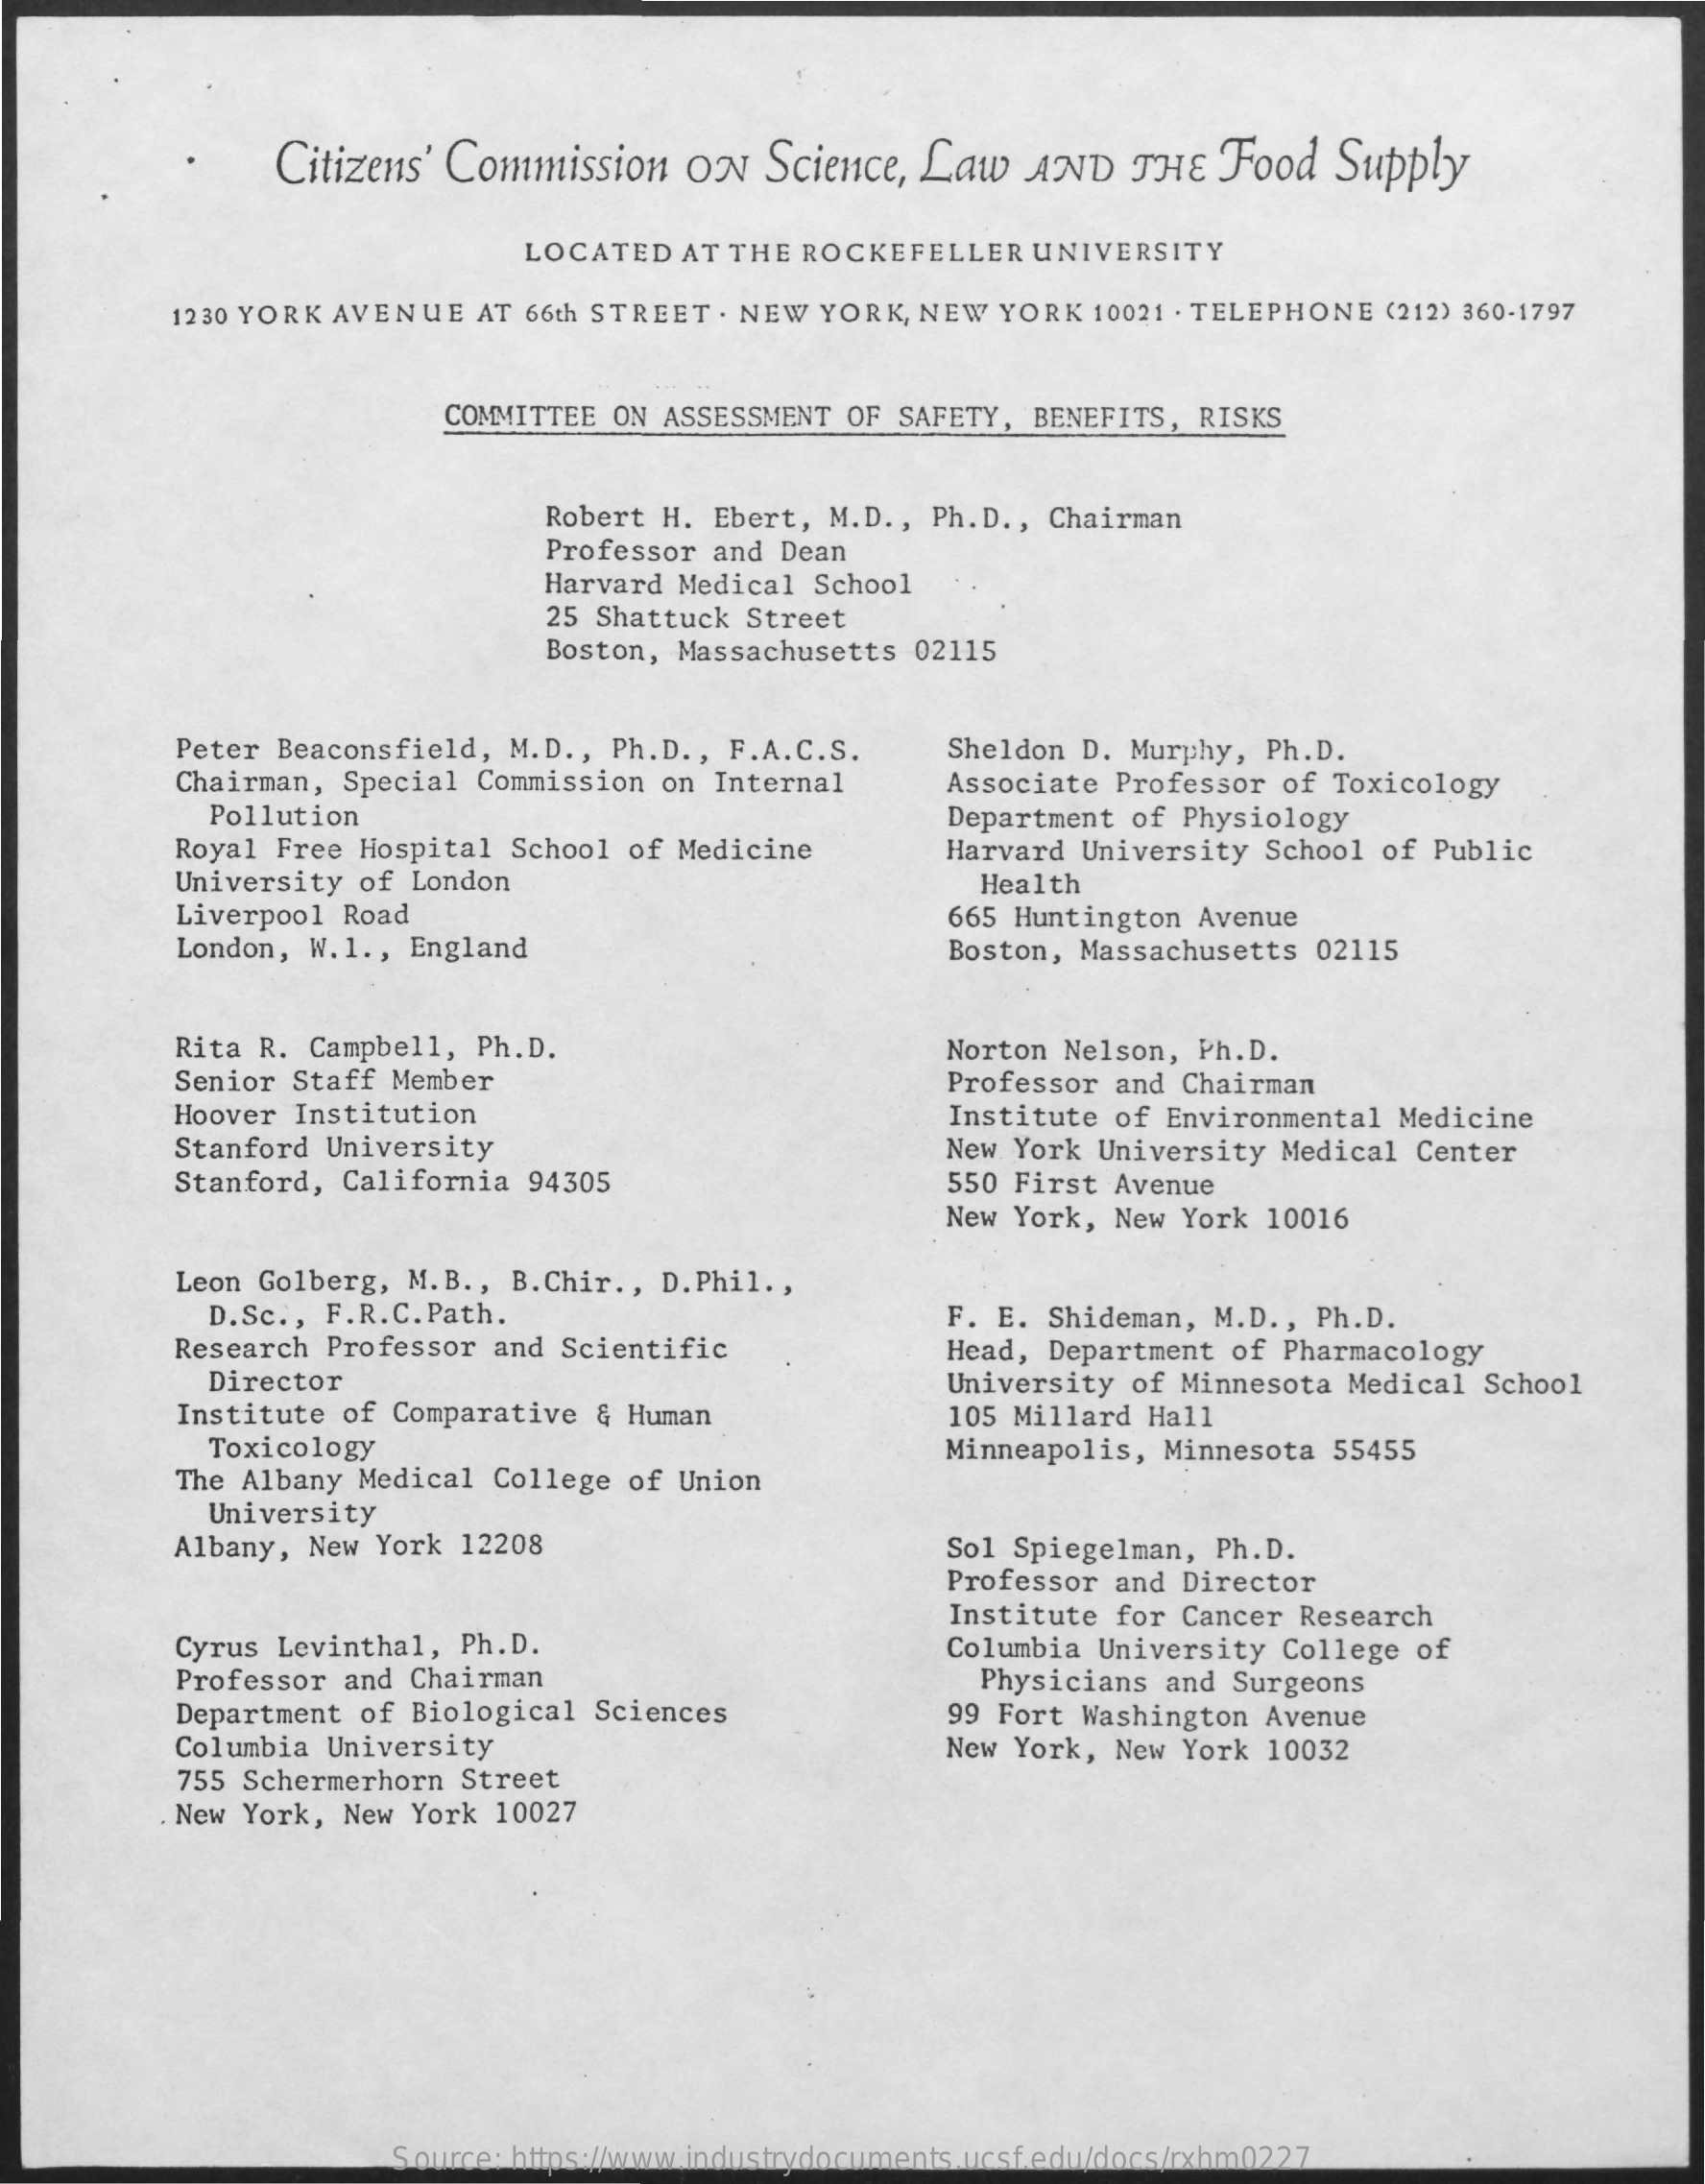
Citizens' Commission ON Science, Law AND  THE Food  Supply
     LOCATED AT THE ROCKEFELLER UNIVERSITY
     1230 YORK AVENUE AT 66th STREET . NEW YORK, NEW YORK 10021 . TELEPHONE (212) 360-1797
     COMMITTEE ON ASSESSMENT OF SAFETY, BENEFITS, RISKS
     Robert H. Ebert, M.D ., Ph.D ., Chairman
     Professor and Dean
     Harvard Medical School
     25 Shattuck Street
     Boston, Massachusetts 02115
     Peter Beaconsfield, M.D ., Ph.D ., F.A.C.S.
     Chairman, Special Commission on Internal
     Sheldon D. Murphy, Ph.D.
     Associate Professor of Toxicology
     Pollution
     Royal Free Hospital School of Medicine
     Department of Physiology
     University of London
     Harvard University School of Public
     Liverpool Road
     Health
     665 Huntington Avenue
     London, W.1 ., England    Boston, Massachusetts 02115
     Rita R. Campbell, Ph.D.
     Senior Staff Member
     Norton Nelson, Ph.D.
     Professor and Chairman
     Hoover Institution    Institute of Environmental Medicine
     Stanford University
     Stanford, California 94305
     New York University Medical Center
     550 First Avenue
     New York, New York 10016
     Leon Golberg, M.B ., B. Chir ., D. Phil .,
     D.Sc ., F.R.C. Path.
     Research Professor and Scientific
     F. E. Shideman, M.D ., Ph.D.
     Director
     Head, Department of Pharmacology
     Institute of Comparative & Human
     University of Minnesota Medical School
     105 Millard Hall
     Toxicology
     The Albany Medical College of Union
     Minneapolis, Minnesota 55455
     University
     Albany, New York 12208    Sol Spiegelman, Ph.D.
     Professor and Director
     Institute for Cancer Research
     Cyrus Levinthal, Ph.D.    Columbia University College of
     Professor and Chairman
     Department of Biological Sciences
     Physicians and Surgeons
     99 Fort Washington Avenue
     Columbia University
     755 Schermerhorn Street
     New York, New York 10032
     New York, New York 10027
     Source: https://www.industrydocuments.ucsf.edu/docs/rxhm0227